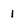
Character: 1